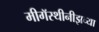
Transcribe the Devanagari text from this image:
मीगॅस्थीनीझच्या